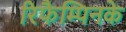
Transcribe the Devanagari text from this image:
रिफैम्पिनके